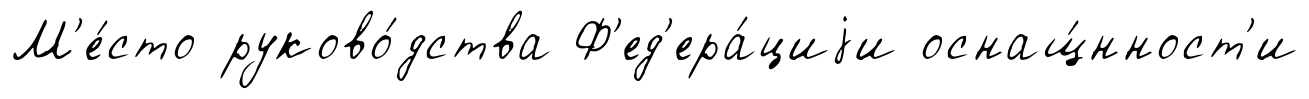
М'е́сто руково́дства Ф'ед'ера́циjи оснащ́нност'и